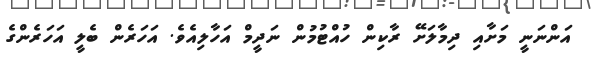
އަންނަނީ މަށާއި ދިމާލަށޭ ރާކިން ހުއްޓުމުން ނަދީމް އަހާލިއެވެ. އަހަރެން ބެލީ އަހަރެންގެ